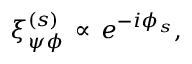
\xi _ { \psi \phi } ^ { ( s ) } \, \propto \, e ^ { - i \phi _ { s } } ,